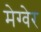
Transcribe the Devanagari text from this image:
मेग्वेर